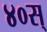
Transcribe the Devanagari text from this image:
४०स्